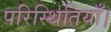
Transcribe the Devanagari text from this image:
परिस्थितियाँ।